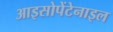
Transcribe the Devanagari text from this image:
आइसोपेंटेनाइल